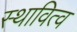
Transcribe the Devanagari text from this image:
स्थावित्व